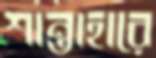
শান্তাহারে